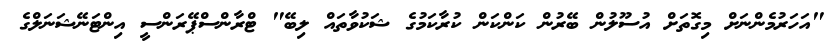
"އަހަރުމެންނަށް މިގޮތަށް އުސޫލުން ބޭރުން ކަންކަން ކުރާކަމުގެ ޝަކުވާތައް ލިބޭ" ޓްރާންސްޕޭރަންސީ އިންޓަނޭޝަނަލްގެ